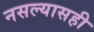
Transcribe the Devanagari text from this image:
नसल्यासही